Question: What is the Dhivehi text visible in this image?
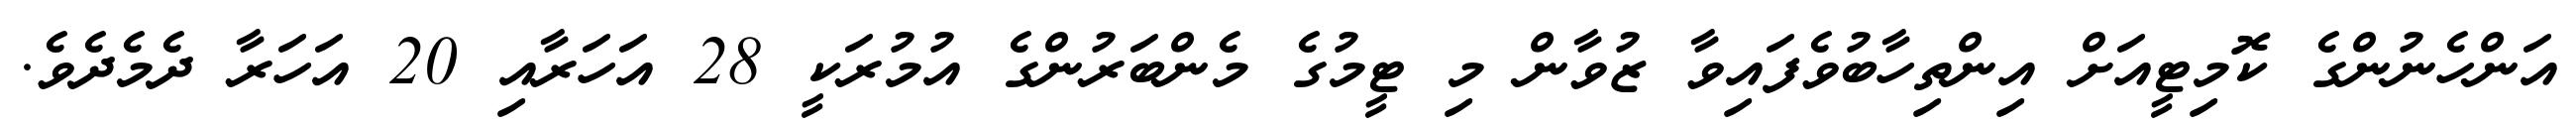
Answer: އަންހެނުންގެ ކޮމިޓީއަށް އިންތިހާބުވެފައިވާ ޒުވާން މި ޓީމުގެ މެންބަރުންގެ އުމުރަކީ 28 އަހަރާއި 20 އަހަރާ ދެމެދެވެ.